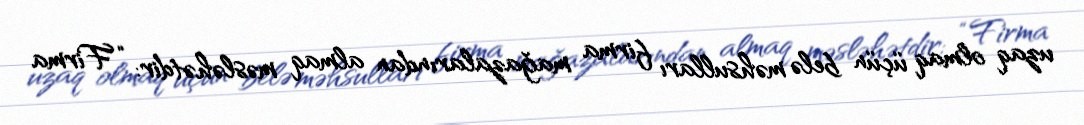
uzaq olmaq üçün belə məhsulları firma mağazalarından almaq məsləhətdir: “Firma